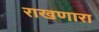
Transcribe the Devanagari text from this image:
राखणारा